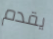
يقدم